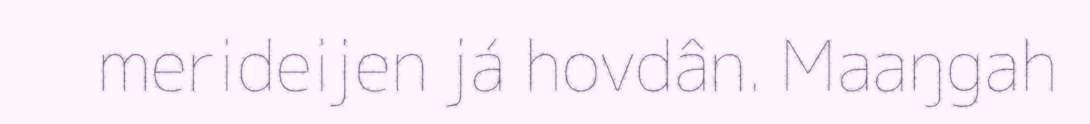
merideijen já hovdân. Maaŋgah